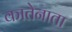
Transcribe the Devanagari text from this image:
कातेनाता